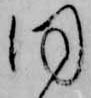
同